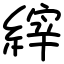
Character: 縡